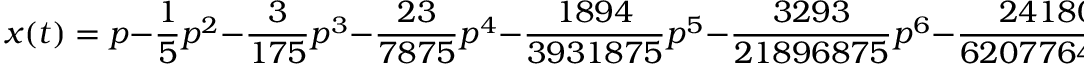
x ( t ) = p - { \frac { 1 } { 5 } } p ^ { 2 } - { \frac { 3 } { 1 7 5 } } p ^ { 3 } - { \frac { 2 3 } { 7 8 7 5 } } p ^ { 4 } - { \frac { 1 8 9 4 } { 3 9 3 1 8 7 5 } } p ^ { 5 } - { \frac { 3 2 9 3 } { 2 1 8 9 6 8 7 5 } } p ^ { 6 } - { \frac { 2 4 1 8 0 9 2 } { 6 2 0 7 7 6 4 0 6 2 5 } } p ^ { 7 } - \ \cdots \ { \bigg | } { p = \left( { \frac { 3 } { 2 } } t \right) ^ { 2 / 3 } }